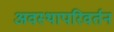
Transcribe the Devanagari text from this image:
अवस्थापरिवर्तन